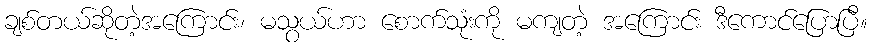
ချစ်တယ်ဆိုတဲ့အကြောင်း၊ မသွယ်ဟာ စောက်သုံးကို မကျတဲ့ အကြောင်း ဒီကောင်ပြောပြီ။